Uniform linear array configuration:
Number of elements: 8
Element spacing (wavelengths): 0.5
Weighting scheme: exponential
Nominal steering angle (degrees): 30
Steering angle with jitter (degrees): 30.984
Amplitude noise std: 0.05
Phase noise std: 0.05

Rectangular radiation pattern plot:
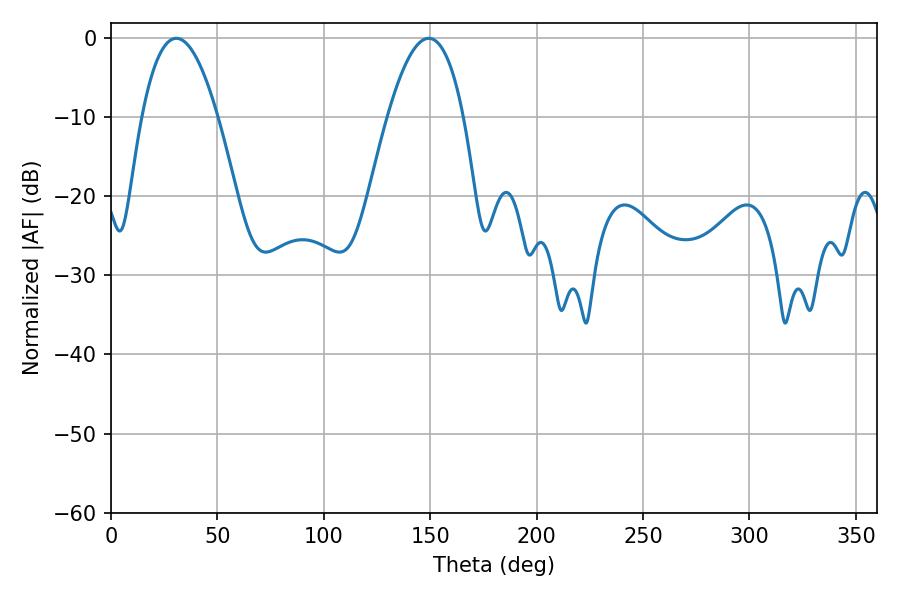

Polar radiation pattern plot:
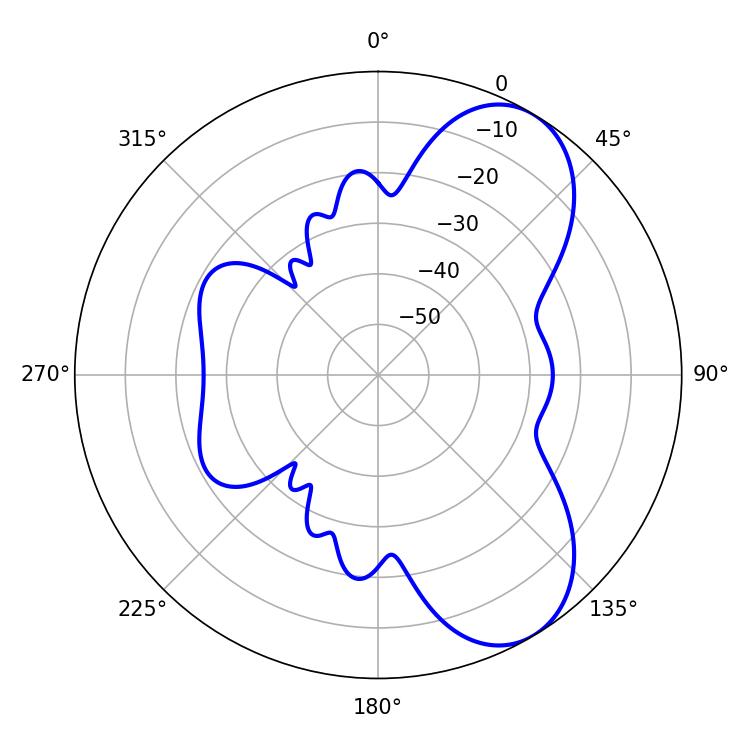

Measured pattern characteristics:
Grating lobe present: FALSE
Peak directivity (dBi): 7.237
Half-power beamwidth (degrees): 19.62
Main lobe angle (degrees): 30.78